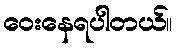
ဝေးနေရပါတယ်။